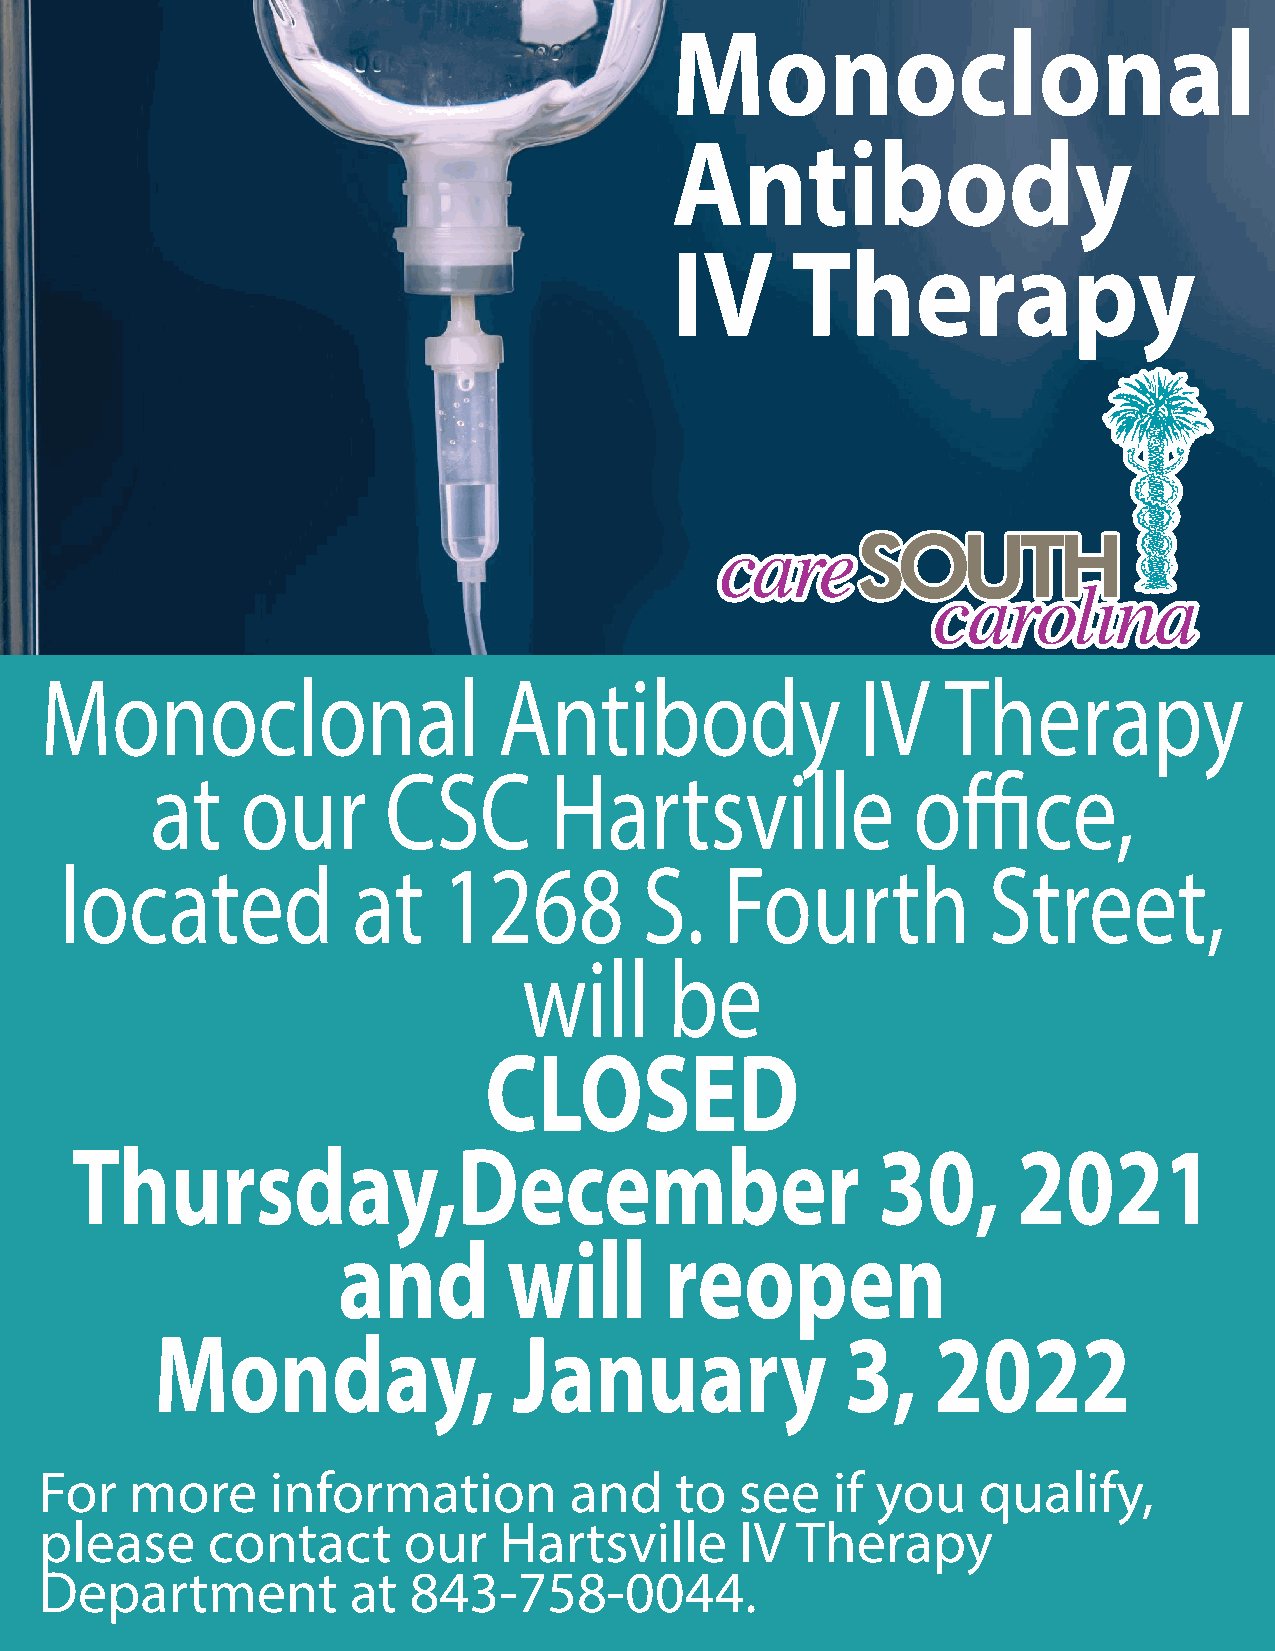
Monoclonal
 Antibody
 IV      Therapy
 Monoclonal                    Antibody                IV    Therapy
 at    our       CSC       Hartsville              office,
 located            at    1268          S.   Fourth           Street,
 will     be
 CLOSED
 Thursday,December                                    30,      2021
 and         will      reopen
 Monday,                 January               3,    2022
 For   more     information         and    to  see   if you    qualify,
 please     contact      our   Hartsville      IV  Therapy
 Department          at  843-758-0044.